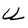
Character: U